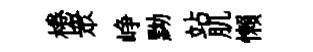
棬衆峥黝站肌懶